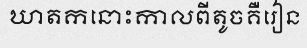
ឃាតកនោះកាលពីតូចគឺរៀន